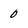
Character: 0